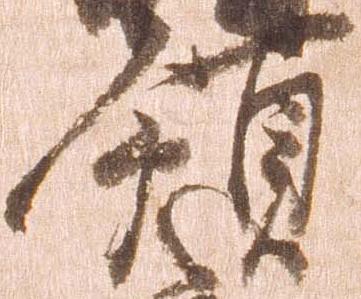
領